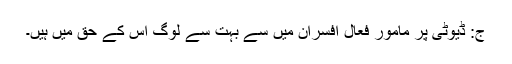
ج: ڈیوٹی پر مامور فعال افسران میں سے بہت سے لوگ اس کے حق میں ہیں۔